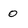
Character: 0